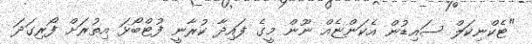
"ޓެކްނިކަލް ސައިޑުން އެކަންޏެއް ނޫން މީގެ ފައިދާ ކުރާނީ ފުޓްބޯޅަ އިތުރަށް ފޯރިގަދަ